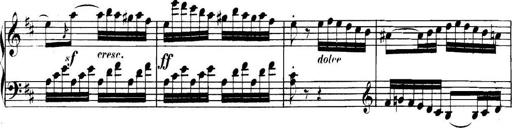
Title: Collected Piano Sonatas
Composer: Muzio Clementi